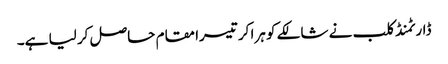
ڈارٹمنڈ کلب نے شالکے کو ہرا کر تیسرا مقام حاصل کر لیا ہے۔